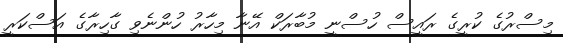
މިސްރުގެ ކުރީގެ ރައީސް ހުސްނީ މުބާރަކް އޭނާ މިހާރު ހުންނެވި ގާހިރާގެ އަސްކަރީ